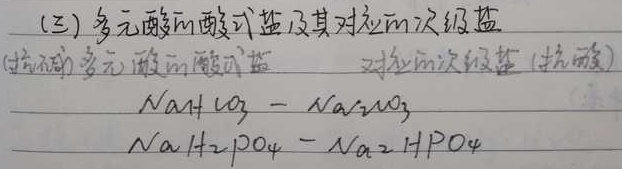
（三）多元酸的酸式盐及其对应的m次级盐（抗碱）多元酸的酸式盐  对应的m次级盐（抗酸）
\[\begin{align*}
&NaHCO_3 - Na_2CO_3\\
&NaH_2PO_4 - Na_2HPO_4
\end{align*}\]